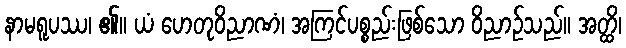
နာမရူပဿ၊ ၏။ ယံ ဟေတုဝိညာဏံ၊ အကြင်ပစ္စည်းဖြစ်သော ဝိညာဉ်သည်။ အတ္ထိ၊